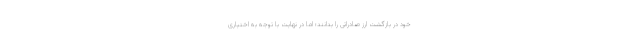
خود در بازگشت ارز صادراتی را بدانند؛ اما در نهایت با توجه به اختیاری